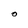
Character: O